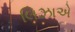
લિઝાએ